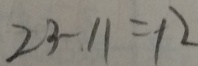
2 3 - 1 1 = 1 2